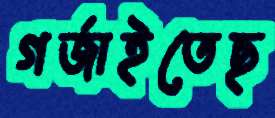
গর্জাইতেছ